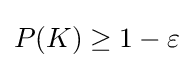
\textstyle P(K)\geq 1-\varepsilon